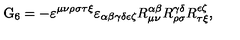
\mathrm { G } _ { 6 } = - \varepsilon ^ { \mu \nu \rho \sigma \tau \xi } \varepsilon _ { \alpha \beta \gamma \delta \epsilon \zeta } R _ { \mu \nu } ^ { \alpha \beta } R _ { \rho \sigma } ^ { \gamma \delta } R _ { \tau \xi } ^ { \epsilon \zeta } ,